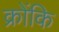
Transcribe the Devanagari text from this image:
क्रोंकि